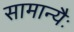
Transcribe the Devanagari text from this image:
सामान्यैः